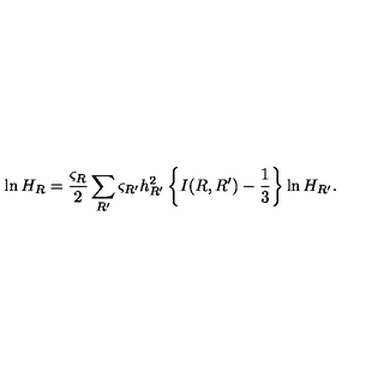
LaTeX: \ln H _ { R } = \frac { \varsigma _ { R } } { 2 } \sum _ { R ^ { \prime } } \varsigma _ { R ^ { \prime } } h _ { R ^ { \prime } } ^ { 2 } \left\{ I ( R , R ^ { \prime } ) - \frac { 1 } { 3 } \right\} \ln H _ { R ^ { \prime } } .